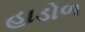
હાડોળ